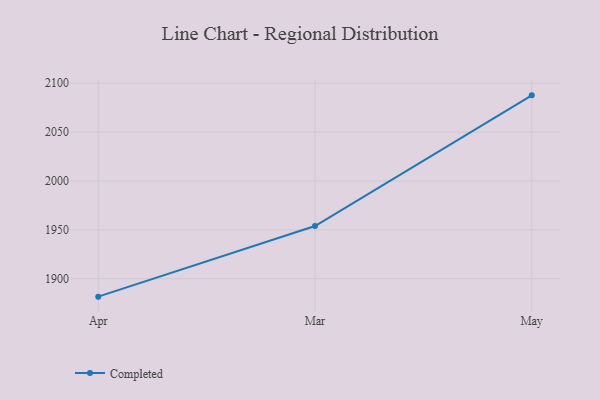
{"axis": {"x": "Month", "y": "LTV (USD)"}, "legend": ["Completed"], "data": [{"x": "Apr", "y": 1881.7, "type": "Completed"}, {"x": "Mar", "y": 1953.9, "type": "Completed"}, {"x": "May", "y": 2087.6, "type": "Completed"}]}